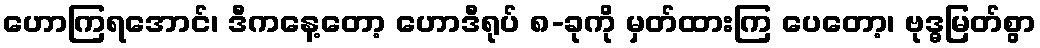
ဟောကြရအောင်၊ ဒီကနေ့တော့ ဟောဒီရုပ် ၈-ခုကို မှတ်ထားကြ ပေတော့၊ ဗုဒ္ဓမြတ်စွာ